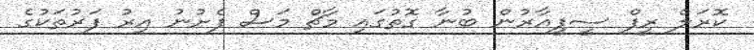
ކޮރަލް ރީފް ސީޕީއާރުން ބުނާ ގޮތުގައި މާޗް މަސް ފެށުނު އިރު ފަރުތަކުގެ